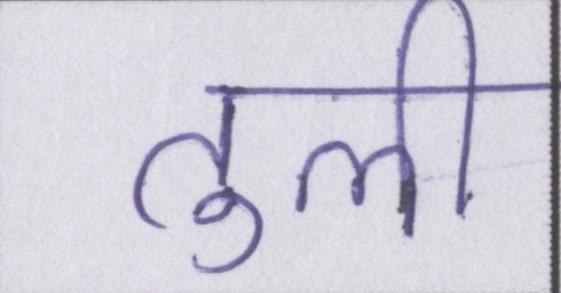
तुली